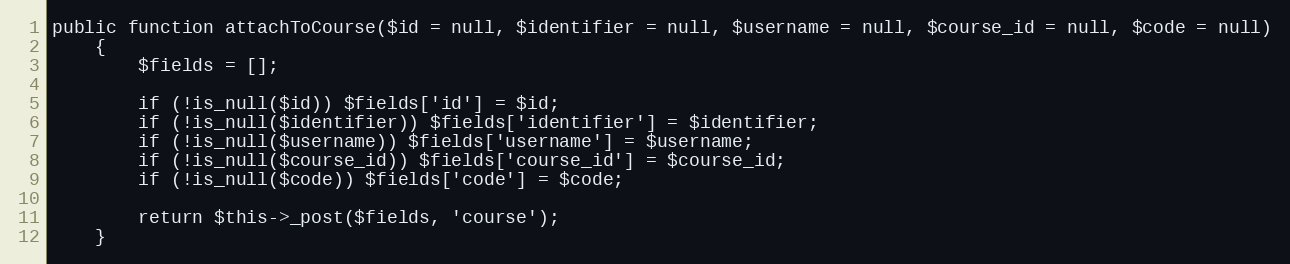
Language: PHP
public function attachToCourse($id = null, $identifier = null, $username = null, $course_id = null, $code = null)
    {
        $fields = [];

        if (!is_null($id)) $fields['id'] = $id;
        if (!is_null($identifier)) $fields['identifier'] = $identifier;
        if (!is_null($username)) $fields['username'] = $username;
        if (!is_null($course_id)) $fields['course_id'] = $course_id;
        if (!is_null($code)) $fields['code'] = $code;

        return $this->_post($fields, 'course');
    }